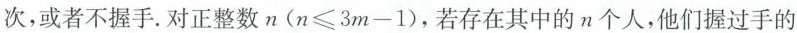
次，或者不握手。对正整数$$n ( n ≤ 3 m - 1 )$$，若存在其中的n个人，他们握过手的